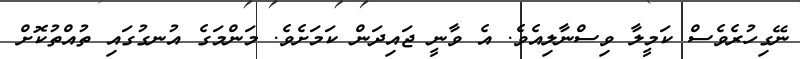
ނޭގިހުރެވެސް ކަމީލާ ވިސްނާލިއެވެ. އެ ވާނީ ޖައިދަން ކަމަށެވެ. މަންމަގެ އުނގުގައި ތުއްތުކޮށް